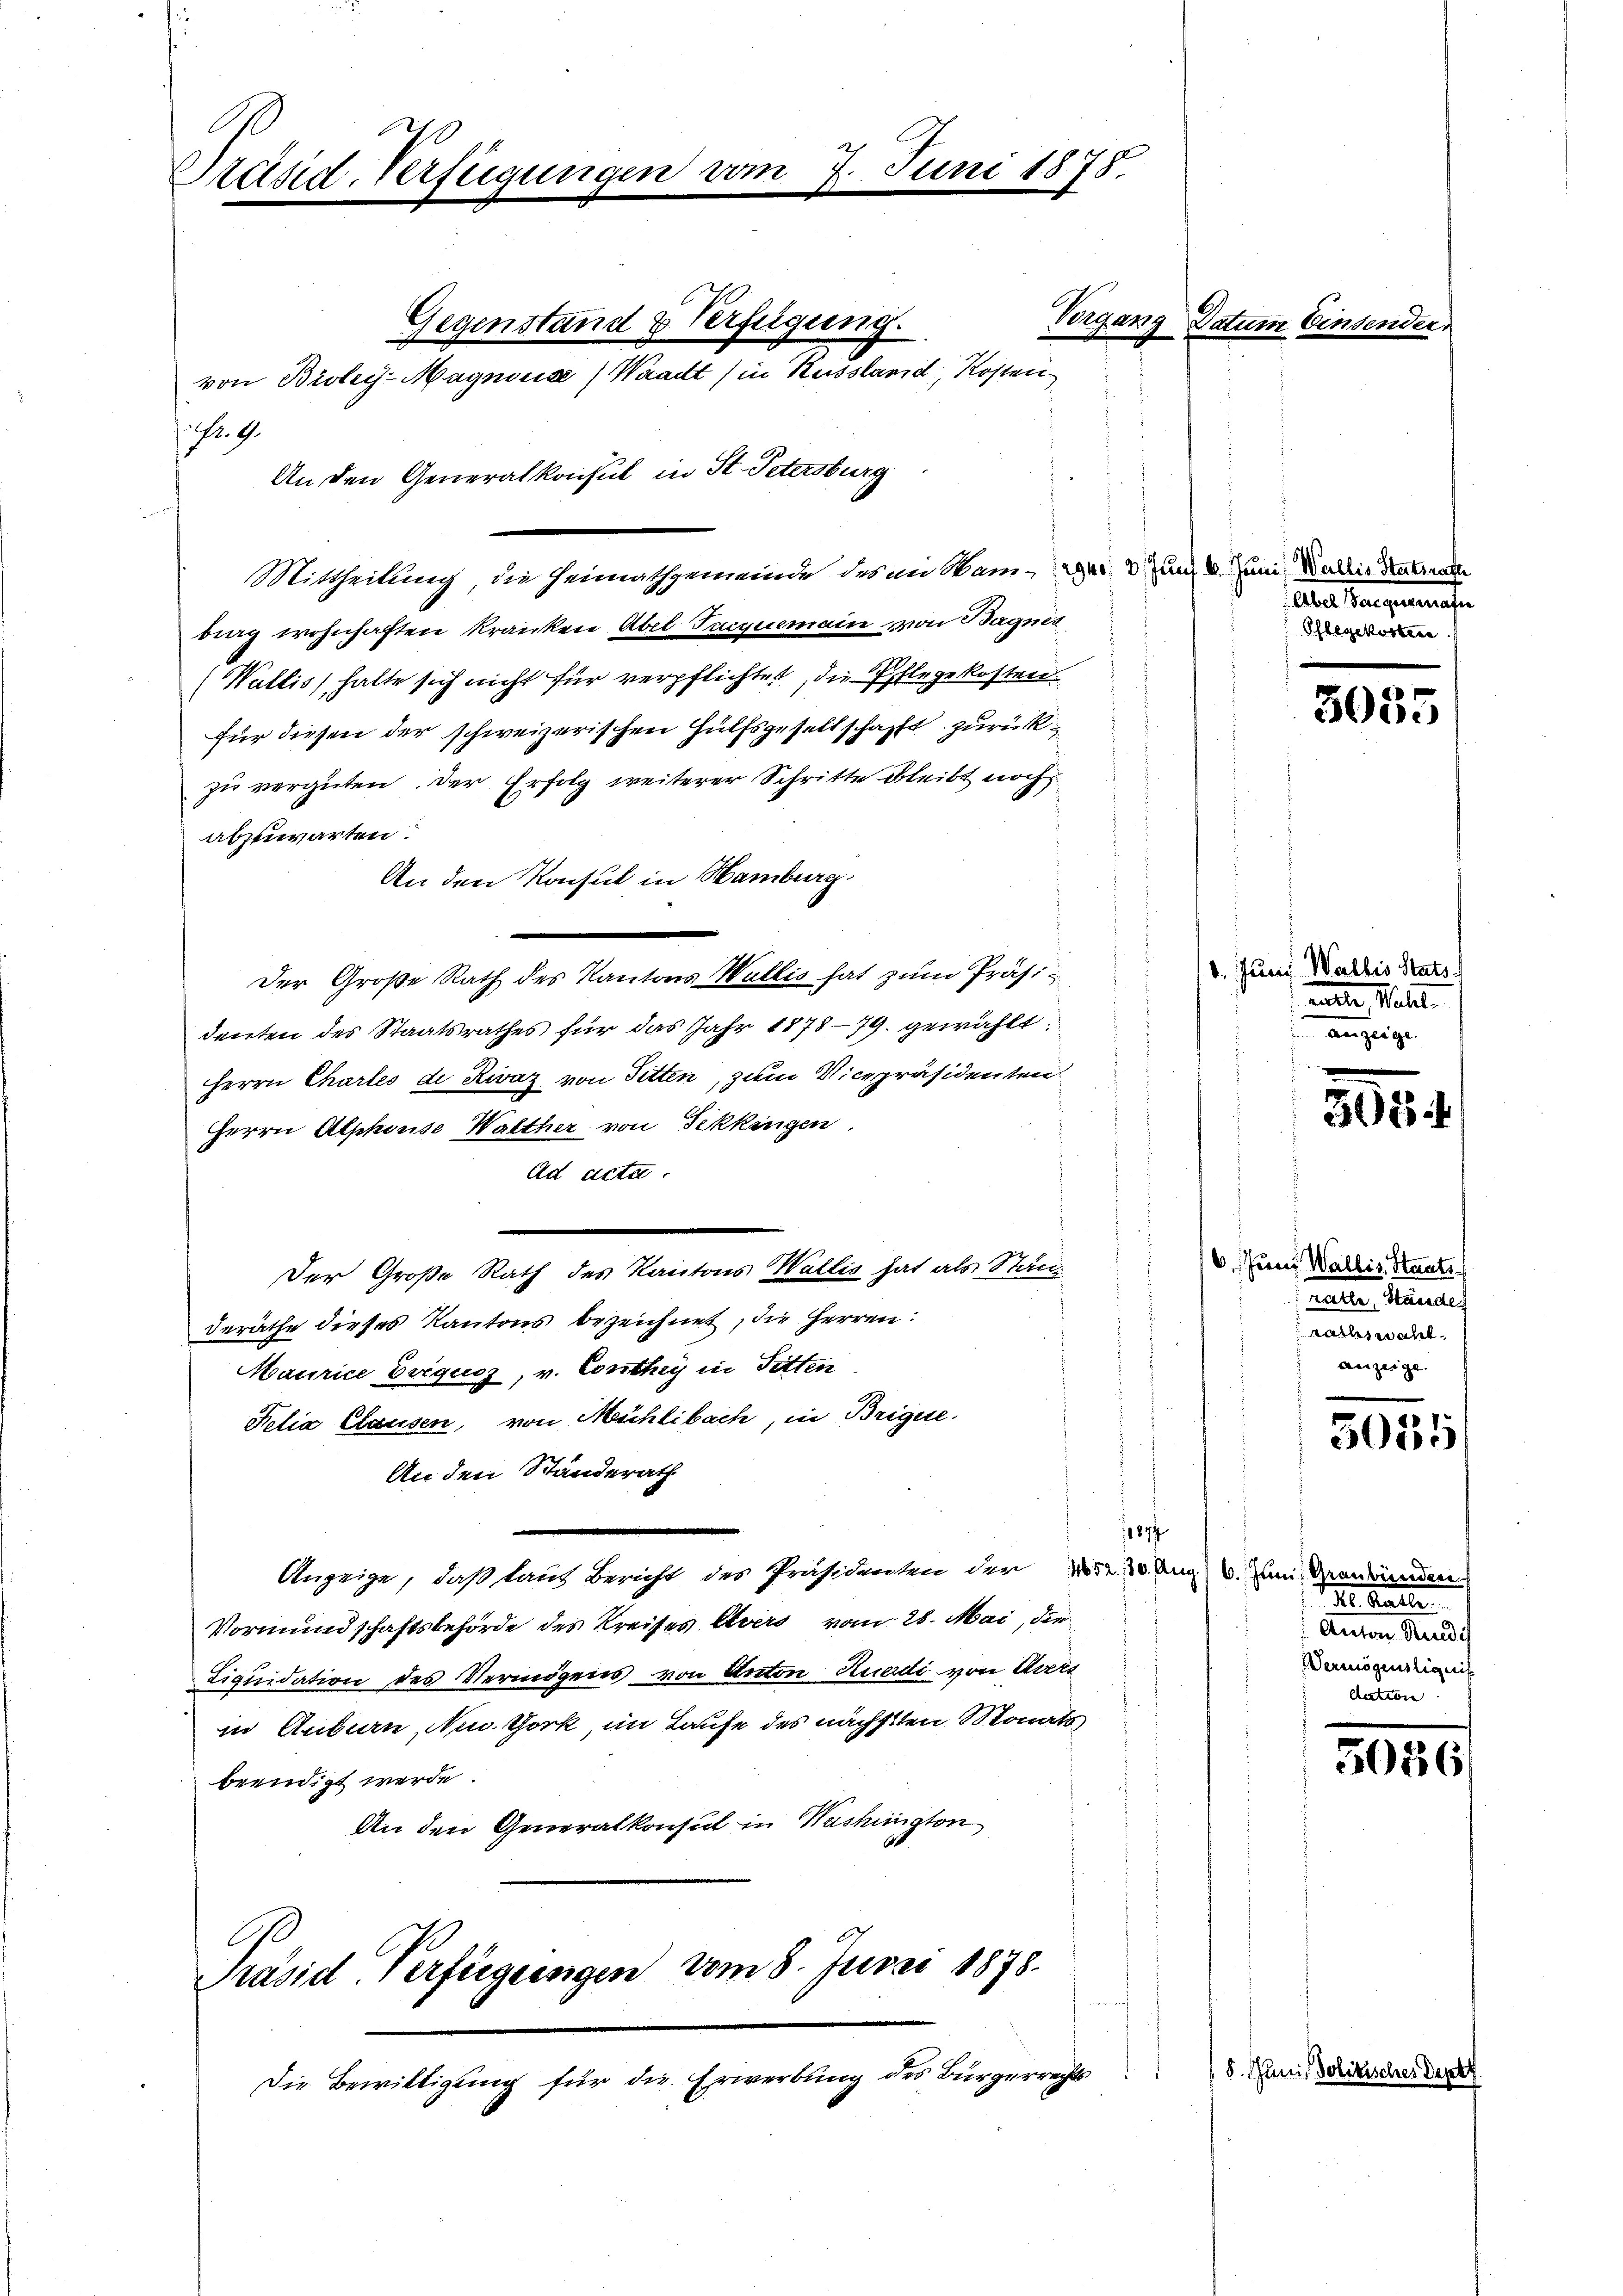
Präsid-Verfügungen

.Nr. 4.
An den Generalkonsul in St. Petersburg
Mittheilung, die Heimathgemeinde des im Wam-er 3. Jun. 4. Juni die Nutzer
bing wohnhaften Kranken Abel Triquemain von Bagnes
(Wallis halte sich nicht für verpflichtet, die Pflegekosten.
für diesen der schweizerischen Hülfsgesellschafft zurückzu vergüten. Der Erfolg weiterer Schritte bleibt noch
abzuwarten.
An den Konsul in Hamburg.
¬
Der Große Rath des Kantons Wallis hat zum Präsidenten des Staatsrathes für das Jahr 187879. gewählt:
Herrn Chartes de Rivaz von Sitten, zum Vicepräsidenten
Herrn Alphorise Walther von Fekkingen,
Ad acta.
Der Große Rath des Kantons Wallis hat als Stad
deräthe dieses Kantons bezeichnet, die Herren:
Maurice Eviquoz, v. Conthey in Fitten
Kelia Clausen, von Mühlibach, in Brique,
An den Standerath
11874
Anzeige, daß laut Bericht des Präsidenten der Nr. 20 Aug. v. Zum Gemeinden
Vormundschaftsbehörde des Kreises Avers vom 28. Mai, die
Liquidation des Vermögens von Anton Ruadi von Avers
in Aubern, Au York im Laufe des nächsten Monats
beendigt werde
An den Generalkonsul in Washington

79

Gegenstand & Verfügung.
von Bioley-Magnouse) Waadt (in Kussland, Kosten

.
Präsid. Verfügungen vom 8. Junii 1878.

Die Bewilligung für die Erwerbung des Bürgerrechts

1. Juni 1878.

Vorgang Datum Einsen

Ebbel Bare gegenan
Pflegekosten

6. Juni Wallis Stats
matte Mitt
anzeige.

6. Juni Wallis, Staats
mater Mindes
a
anzeige.

M. Parte
Anton Heredis
Denisseitignis

8. Juni, Poliz

3035

305

3035

3056/